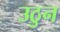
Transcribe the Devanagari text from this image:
उठुन